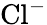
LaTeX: \mathrm{Cl}^{-}